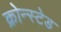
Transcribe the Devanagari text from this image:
क्रोन्स्टेड